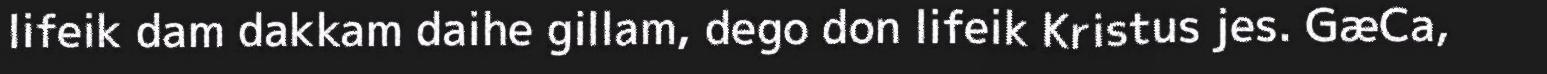
lifeik dam dakkam daihe gillam, dego don lifeik Kristus jes. GæCa,